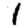
Digit: 1